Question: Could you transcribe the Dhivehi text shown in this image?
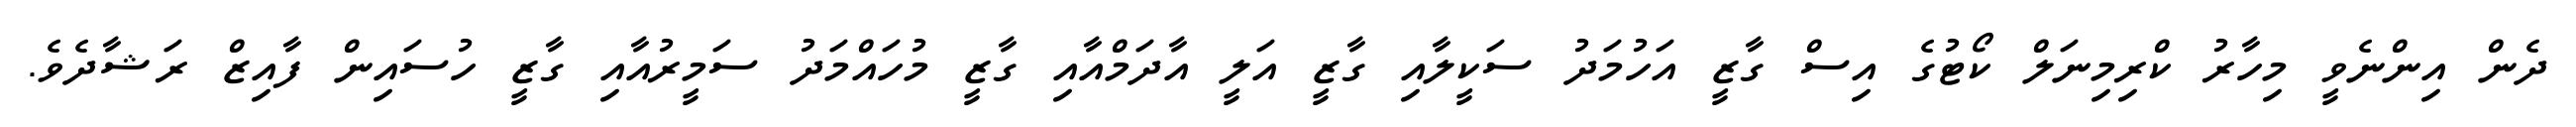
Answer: ދެން އިންނެވީ މިހާރު ކްރިމިނަލް ކޯޓުގެ އިސް ގާޒީ އަހުމަދު ސަކީލާއި ގާޒީ އަލީ އާދަމްއާއި ގާޒީ މުހައްމަދު ސަމީރުއާއި ގާޒީ ހުސައިން ފާއިޒް ރަޝާދެވެ.